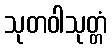
သုတဝါသုတ္တံ